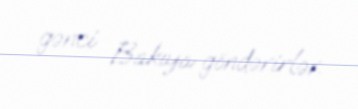
gənci Bakıya göndərirlər.